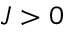
J > 0